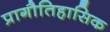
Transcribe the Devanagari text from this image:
प्रागौतिहासिक